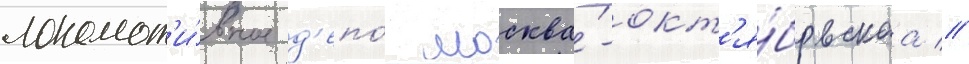
локомот'и́вное д'епо́ москва́-окт'я́брьскаа //